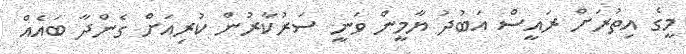
މީގެ އިތުރަށް ރައީސް އަބުދު ޔާމީން ވަނީ ސަރުކާރުން ކުރިއަށް ގެންދާ ބައެއް